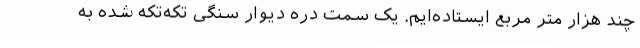
چند هزار متر مربع ایستاده‌ایم. یک سمت دره دیوار سنگی تکه‌تکه شده به